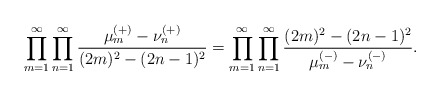
\begin{align*}\prod_{m=1}^\infty\prod_{n=1}^\infty\frac{\mu_m^{(+)}-\nu_{n}^{(+)}}{(2 m)^2-(2n-1)^2}=\prod_{m=1}^\infty\prod_{n=1}^\infty\frac{(2 m)^2-(2n-1)^2}{\mu_m^{(-)}-\nu_{n}^{(-)}}.\end{align*}